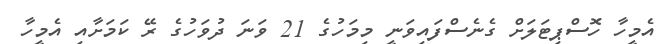
އެމީހާ ހޮސްޕިޓަލަށް ގެނެސްފައިވަނީ މިމަހުގެ 21 ވަނަ ދުވަހުގެ ރޭ ކަމަށާއި އެމީހާ